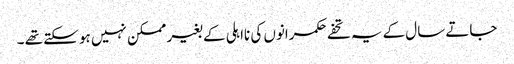
جاتے سال کے یہ تحفے حکمرانوں کی نااہلی کے بغیر ممکن نہیں ہو سکتے تھے ۔